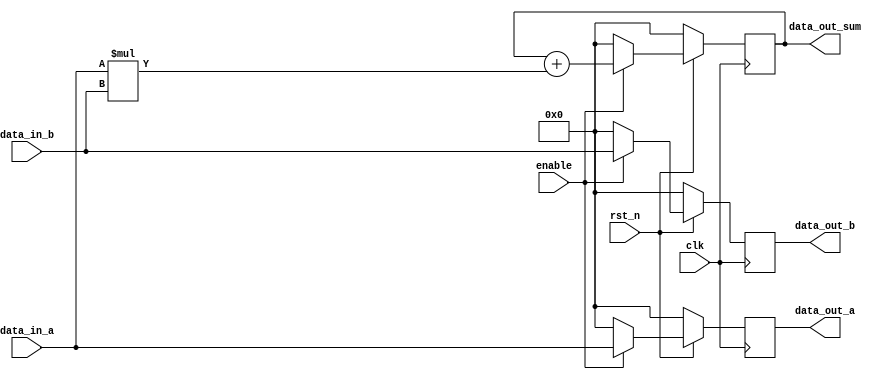

//dpu
module dpu
#(parameter DATA_WIDTH = 8)
(rst_n,
enable,
data_out_sum,
data_in_a,
data_in_b,
data_out_a,
data_out_b,
clk
);



input [DATA_WIDTH-1:0] data_in_a;
input [DATA_WIDTH-1:0] data_in_b;
input enable;
input clk;
input rst_n;

output reg [DATA_WIDTH-1:0]data_out_sum = 0;
output reg [DATA_WIDTH-1:0]data_out_a = 0;
output reg [DATA_WIDTH-1:0]data_out_b = 0;

always @(posedge clk) begin
	if (!rst_n) begin
		data_out_sum <= 8'b0;
		data_out_b <= 8'b0;
		data_out_a <= 8'b0;
	end //if
	else if(enable) begin
		data_out_sum[DATA_WIDTH-1:0] <= data_out_sum[DATA_WIDTH-1:0] + ( data_in_a[DATA_WIDTH-1:0] * data_in_b[DATA_WIDTH-1:0] ) ;
		data_out_b[DATA_WIDTH-1:0] <= data_in_b[DATA_WIDTH-1:0];
		data_out_a[DATA_WIDTH-1:0] <= data_in_a[DATA_WIDTH-1:0];
	end // if
	else if(!enable) begin
		data_out_sum[DATA_WIDTH-1:0] <= 0;
		data_out_b[DATA_WIDTH-1:0] <= 0;
		data_out_a[DATA_WIDTH-1:0] <= 0;
	end
end //always

endmodule